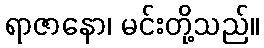
ရာဇာနော၊ မင်းတို့သည်။